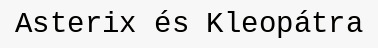
Asterix és Kleopátra